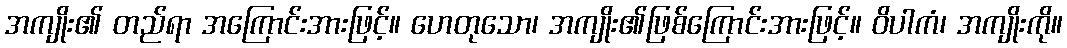
အကျိုး၏ တည်ရာ အကြောင်းအားဖြင့်။ ဟေတုသော၊ အကျိုး၏ဖြစ်ကြောင်းအားဖြင့်။ ဝိပါကံ၊ အကျိုးကို။